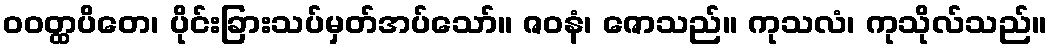
ဝဝတ္ထပိတေ၊ ပိုင်းခြားသပ်မှတ်အပ်သော်။ ဇဝနံ၊ ဇောသည်။ ကုသလံ၊ ကုသိုလ်သည်။